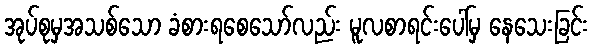
အုပ်စုမှအသစ်သော ခံစားရစေသော်လည်း မူလစာရင်းပေါ်မှ နေသေးခြင်း